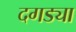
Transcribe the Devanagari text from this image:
दगड्या